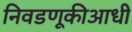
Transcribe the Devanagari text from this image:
निवडणूकीआधी